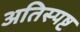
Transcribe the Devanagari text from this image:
अतिस्पष्ट